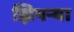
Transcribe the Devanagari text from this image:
झिपऱ्या